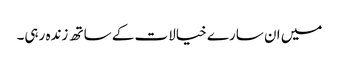
میں ان سارے خیالات کے ساتھ زندہ رہی۔